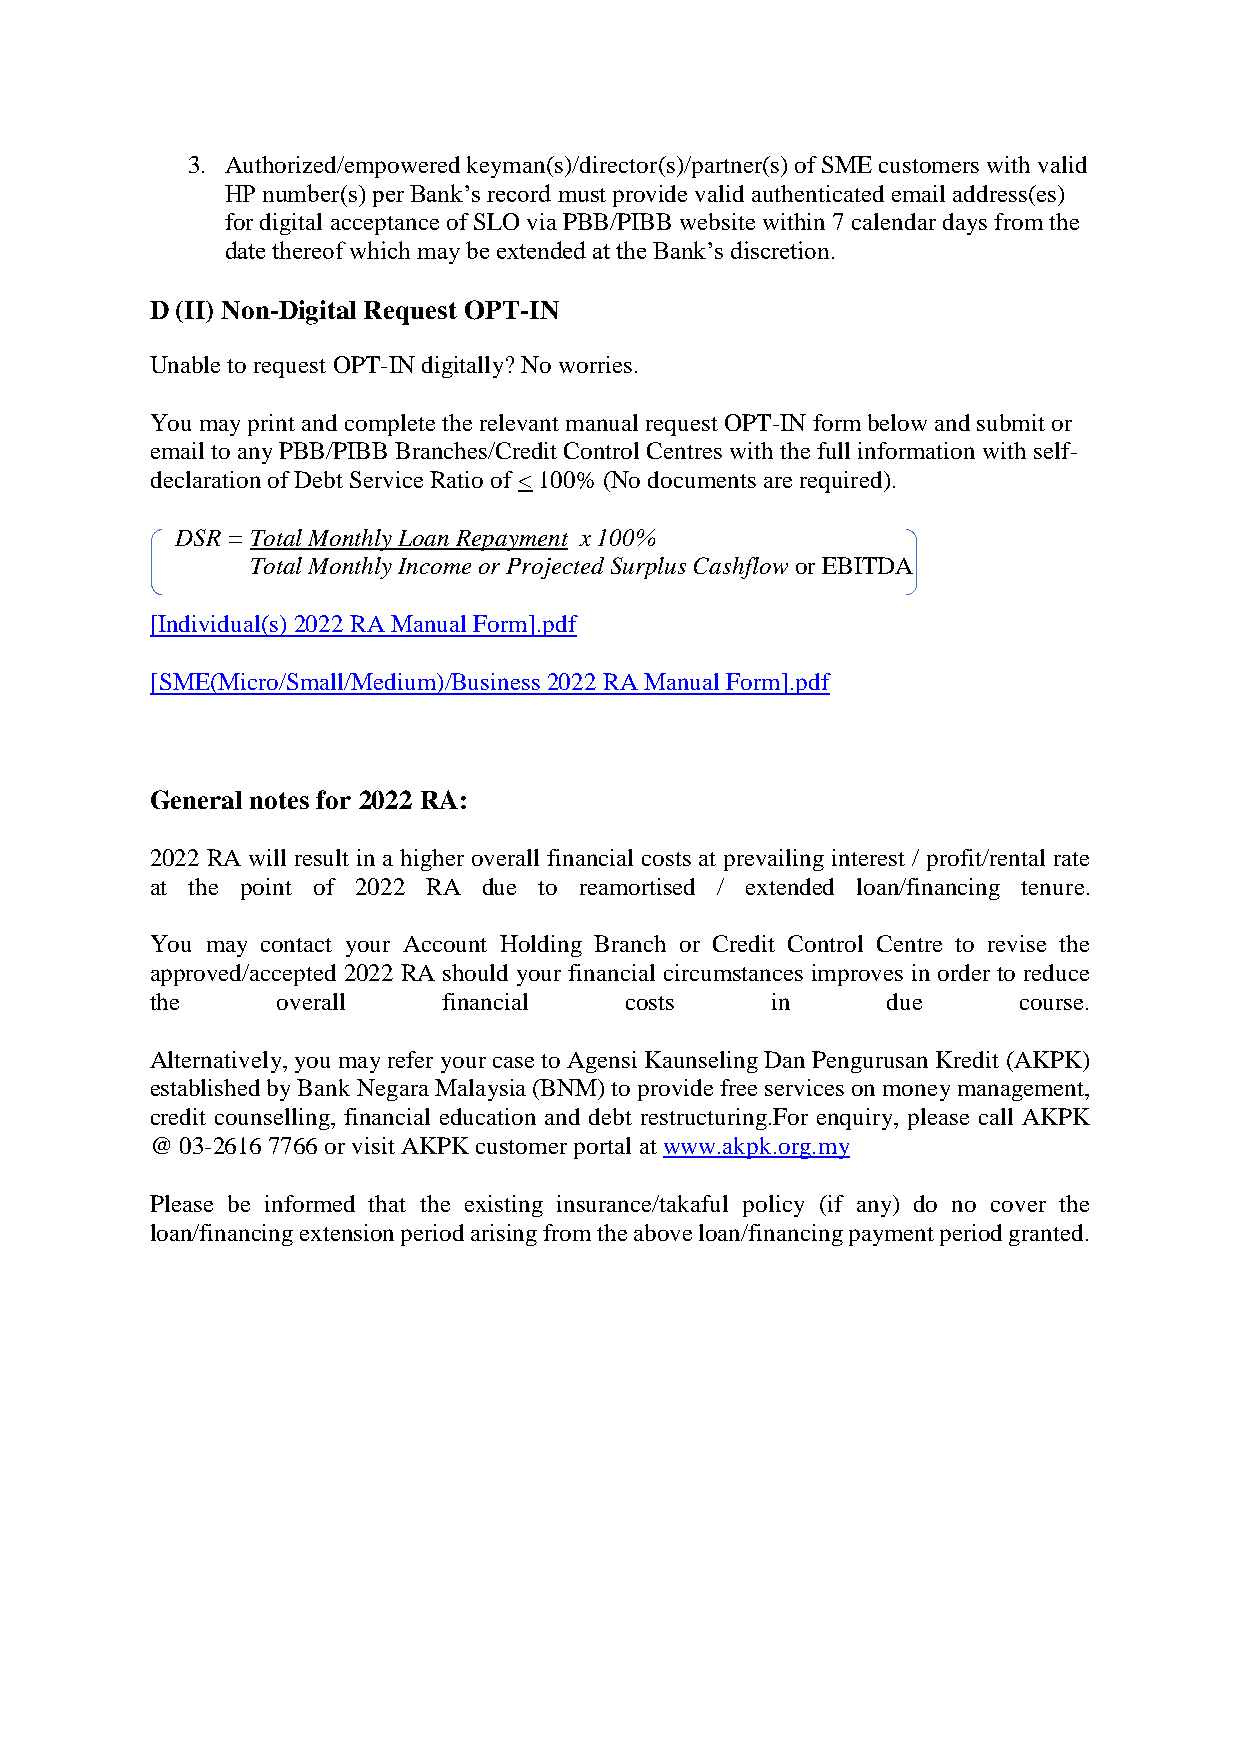
3. Authorized/empowered keyman(s)/director(s)/partner(s) of SME customers with valid
 HP number(s) per Bank’s record must provide valid authenticated email address(es)
 for digital acceptance of SLO via PBB/PIBB website within 7 calendar days from the
 date thereof which may be extended at the Bank’s discretion.
 D (II) Non-Digital Request OPT-IN
 Unable to request OPT-IN digitally? No worries.
 You may print and complete the relevant manual request OPT-IN form below and submit or
 email to any PBB/PIBB Branches/Credit Control Centres with the full information with self-
 declaration of Debt Service Ratio of < 100% (No documents are required).
 DSR = Total Monthly Loan Repayment x 100%
 Total Monthly Income or Projected Surplus Cashflow or EBITDA
 [Individual(s) 2022 RA Manual Form].pdf
 [SME(Micro/Small/Medium)/Business 2022 RA Manual Form].pdf
 General notes for 2022 RA:
 2022 RA will result in a higher overall financial costs at prevailing interest / profit/rental rate
 at the point of 2022 RA due to reamortised / extended loan/financing tenure.
 You may contact your Account Holding Branch or Credit Control Centre to revise the
 approved/accepted 2022 RA should your financial circumstances improves in order to reduce
 the     overall    financial   costs     in      due     course.
 Alternatively, you may refer your case to Agensi Kaunseling Dan Pengurusan Kredit (AKPK)
 established by Bank Negara Malaysia (BNM) to provide free services on money management,
 credit counselling, financial education and debt restructuring.For enquiry, please call AKPK
 @ 03-2616 7766 or visit AKPK customer portal at www.akpk.org.my
 Please be informed that the existing insurance/takaful policy (if any) do no cover the
 loan/financing extension period arising from the above loan/financing payment period granted.